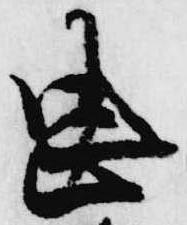
忠